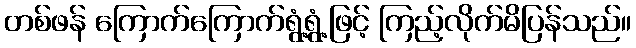
တစ်ဖန် ကြောက်ကြောက်ရွံ့ရွံ့ဖြင့် ကြည့်လိုက်မိပြန်သည်။